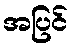
အပြင်